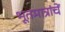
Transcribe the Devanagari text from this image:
भूतमात्रांचें